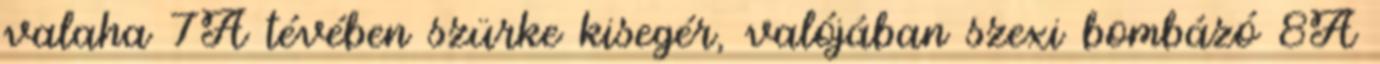
valaha 7A tévében szürke kisegér, valójában szexi bombázó 8A